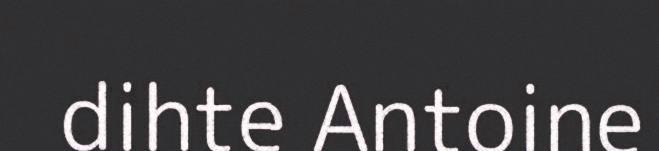
dihte Antoine